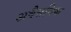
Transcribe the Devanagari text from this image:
अवैत्तनिक